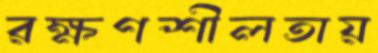
রক্ষণশীলতায়